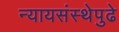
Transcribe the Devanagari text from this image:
न्यायसंस्थेपुढे